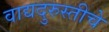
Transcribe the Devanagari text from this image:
वाद्यदुरुस्तीचे